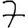
Digit: 7